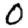
Digit: 0